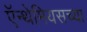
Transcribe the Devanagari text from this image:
ऍन्थेमियसच्या